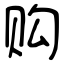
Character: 购